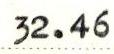
32.46